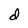
Character: d